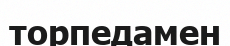
торпедамен